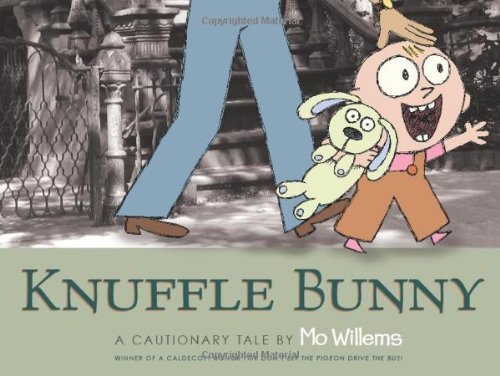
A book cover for Knuffle Bunny: A Cautionary Tale; Mo Willems; Children's Books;